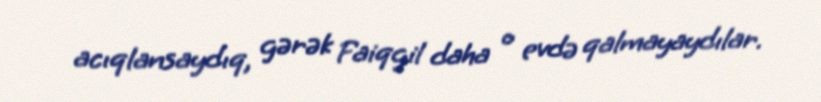
acıqlansaydıq, gərək Faiqgil daha o evdə qalmayaydılar.